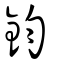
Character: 鈞